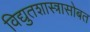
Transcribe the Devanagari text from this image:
विद्युतशास्त्रासोबत